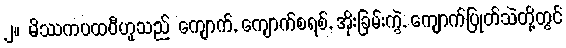
၂။ မိဿကပထဝီဟူသည် ကျောက်, ကျောက်စရစ်, အိုးခြမ်းကွဲ, ကျောက်ပြုတ်သဲတို့တွင်